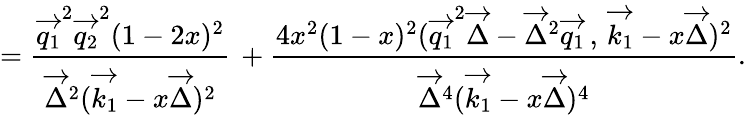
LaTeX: =\frac{\overrightarrow{q_{1}}^{2}\overrightarrow{q_{2}}^{2}(1-2x)^{2}}{\overrightarrow{\Delta}^{2}(\overrightarrow{k_{1}}-x\overrightarrow{\Delta})^{2}}\, +\frac{4x^{2}(1-x)^{2}(\overrightarrow{q_{1}}^{2}\overrightarrow{\Delta}-\overrightarrow{\Delta}^{2}\overrightarrow{q_{1}}\, ,\, \overrightarrow{k_{1}}-x\overrightarrow{\Delta})^{2}}{\overrightarrow{\Delta}^{4}(\overrightarrow{k_{1}}-x\overrightarrow{\Delta})^{4}}.